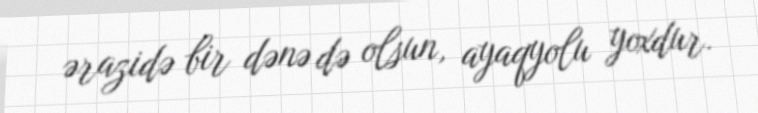
ərazidə bir dənə də olsun, ayaqyolu yoxdur.